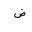
Letter: _dad